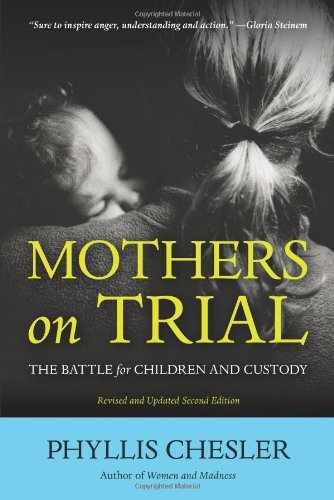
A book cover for Mothers on Trial: The Battle for Children and Custody; Phyllis Chesler; Gay & Lesbian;